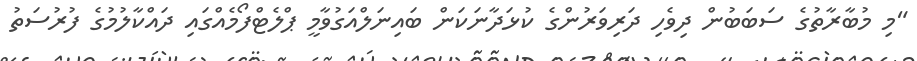
"މި މުބާރާތުގެ ސަބަބުން ދިވެހި ދަރިވަރުންގެ ކުޅަދާނަކަން ބައިނަލްއަގުވާމީ ޕްލެޓްފޯމެއްގައި ދައްކާލުމުގެ ފުރުސަތު